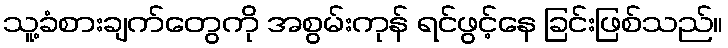
သူ့ခံစားချက်တွေကို အစွမ်းကုန် ရင်ဖွင့်နေ ခြင်းဖြစ်သည်။